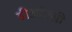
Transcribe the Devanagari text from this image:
डीऑक्सी